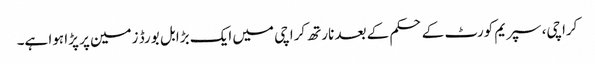
کراچی، سپریم کورٹ کے حکم کے بعد نارتھ کراچی میں ایک بڑا بل بورڈ زمین پر پڑا ہوا ہے۔